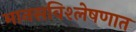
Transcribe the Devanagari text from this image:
मानसविश्लेषणात